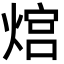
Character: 熍